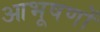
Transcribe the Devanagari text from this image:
आभूषणों